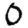
Digit: 0